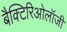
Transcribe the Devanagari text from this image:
बैक्टिरिओलॉजी